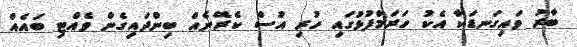
ބާރު ވައިގަނޑަކާ އެކު ހަރަމްފުޅުގައި ހުރި އުސް ކެރޭނެއް ބިންދައިގެން ވެއްޓި ބައެއް